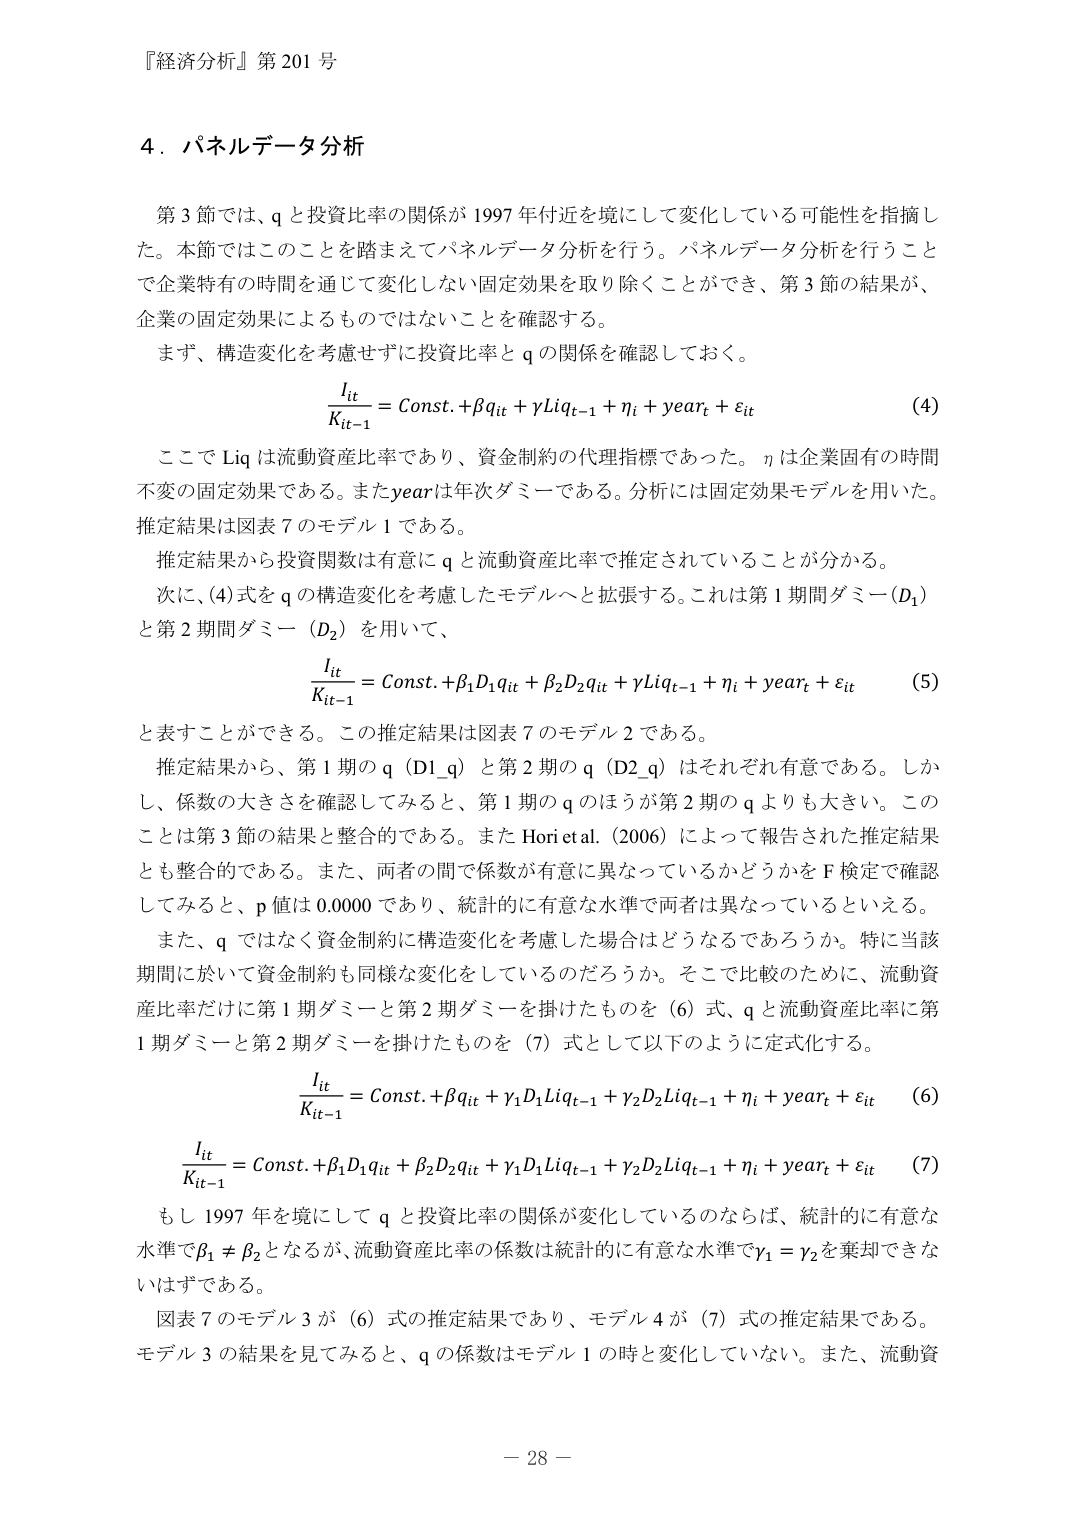
『経済分析』第201号

4．パネルデータ分析

第3節では、qと投資比率の関係が1997年付近を境にして変化している可能性を指摘した。本節ではこのことを踏まえてパネルデータ分析を行う。パネルデータ分析を行うことで企業特有の時間を通じて変化しない固定効果を取り除くことができ、第3節の結果が、企業の固定効果によるものではないことを確認する。

まず、構造変化を考慮せずに投資比率とqの関係を確認しておく。

\frac{I_{it}}{K_{it-1}} = Const. + \beta q_{it} + \gamma Liq_{t-1} + \eta_i + year_t + \varepsilon_{it} \quad (4)

ここでLiqは流動資産比率であり、資金制約の代理指標であった。ηは企業固有の時間不変の固定効果である。またyearは年次ダミーである。分析には固定効果モデルを用いた。推定結果は図表7のモデル1である。

推定結果から投資関数は有意にqと流動資産比率で推定されていることが分かる。

次に、(4)式をqの構造変化を考慮したモデルへと拡張する。これは第1期間ダミー（D₁）と第2期間ダミー（D₂）を用いて、

\frac{I_{it}}{K_{it-1}} = Const. + \beta_1 D_1 q_{it} + \beta_2 D_2 q_{it} + \gamma Liq_{t-1} + \eta_i + year_t + \varepsilon_{it} \quad (5)

と表すことができる。この推定結果は図表7のモデル2である。

推定結果から、第1期のq（D1_q）と第2期のq（D2_q）はそれぞれ有意である。しかし、係数の大きさを確認してみると、第1期のqのほうが第2期のqよりも大きい。このことは第3節の結果と整合的である。またHori et al. (2006)によって報告された推定結果とも整合的である。また、両者の間で係数が有意に異なっているかどうかをF検定で確認してみると、p値は0.0000であり、統計的に有意な水準で両者は異なっているといえる。

また、qではなく資金制約に構造変化を考慮した場合はどうなるであろうか。特に当該期間に於いて資金制約も同様な変化をしているのだろうか。そこで比較のために、流動資産比率だけに第1期ダミーと第2期ダミーを掛けたものを(6)式、qと流動資産比率に第1期ダミーと第2期ダミーを掛けたものを(7)式として以下のように定式化する。

\frac{I_{it}}{K_{it-1}} = Const. + \beta q_{it} + \gamma_1 D_1 Liq_{t-1} + \gamma_2 D_2 Liq_{t-1} + \eta_i + year_t + \varepsilon_{it} \quad (6)

\frac{I_{it}}{K_{it-1}} = Const. + \beta_1 D_1 q_{it} + \beta_2 D_2 q_{it} + \gamma_1 D_1 Liq_{t-1} + \gamma_2 D_2 Liq_{t-1} + \eta_i + year_t + \varepsilon_{it} \quad (7)

もし1997年を境にしてqと投資比率の関係が変化しているのならば、統計的に有意な水準でβ₁ ≠ β₂となるが、流動資産比率の係数は統計的に有意な水準でγ₁ = γ₂を棄却できないはずである。

図表7のモデル3が(6)式の推定結果であり、モデル4が(7)式の推定結果である。モデル3の結果を見てみると、qの係数はモデル1の時と変化していない。また、流動資

－28－